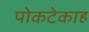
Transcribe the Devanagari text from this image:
पोकटेकाह